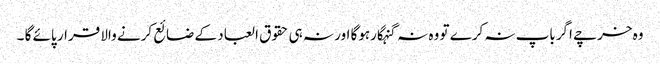
وہ خرچے اگرباپ نہ کرے تو وہ نہ گنہگارہوگا اور نہ ہی حقوق العباد کے ضائع کرنے والا قرار پائے گا ۔